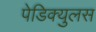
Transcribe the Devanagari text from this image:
पेडिक्युलस